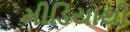
મીડિયાથી